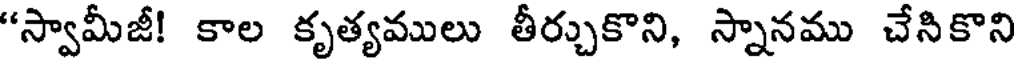
"స్వామీజీ! కాల కృత్యములు తీర్చుకొని, స్నానము చేనికొని